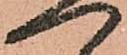
一